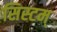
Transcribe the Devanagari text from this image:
सिस्टम्